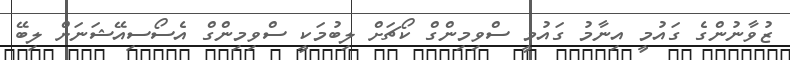
ޒުވާނުންގެ ގައުމީ އިނާމު ގައުމީ ސްވިމިންގް ކޯޗަށް ލިބުމަކީ ސްވިމިންގް އެސޯސިއޭޝަނަށް ލިބޭ